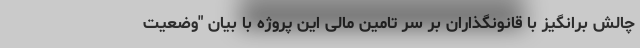
چالش برانگیز با قانونگذاران بر سر تامین مالی این پروژه با بیان "وضعیت